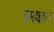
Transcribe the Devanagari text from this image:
ब्रम्हज्ञान